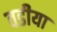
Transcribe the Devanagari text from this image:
वडीया